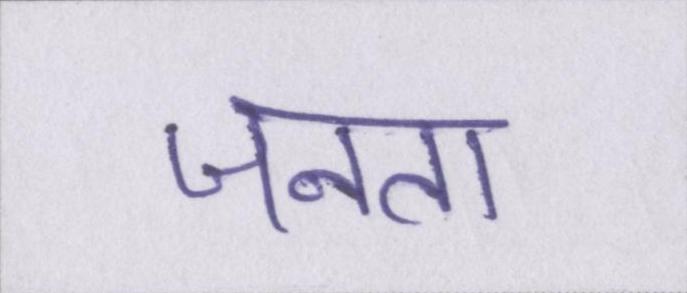
जनता